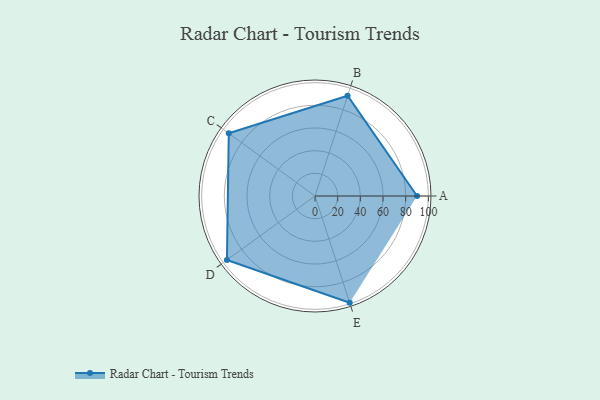
{"axis": {"x": "Skill", "y": "Score"}, "legend": ["Profile"], "data": [{"x": "A", "y": 90.0, "type": "Profile"}, {"x": "B", "y": 93.0, "type": "Profile"}, {"x": "C", "y": 94.0, "type": "Profile"}, {"x": "D", "y": 96.0, "type": "Profile"}, {"x": "E", "y": 99, "type": "Profile"}]}